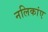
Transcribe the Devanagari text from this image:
नलिकांए